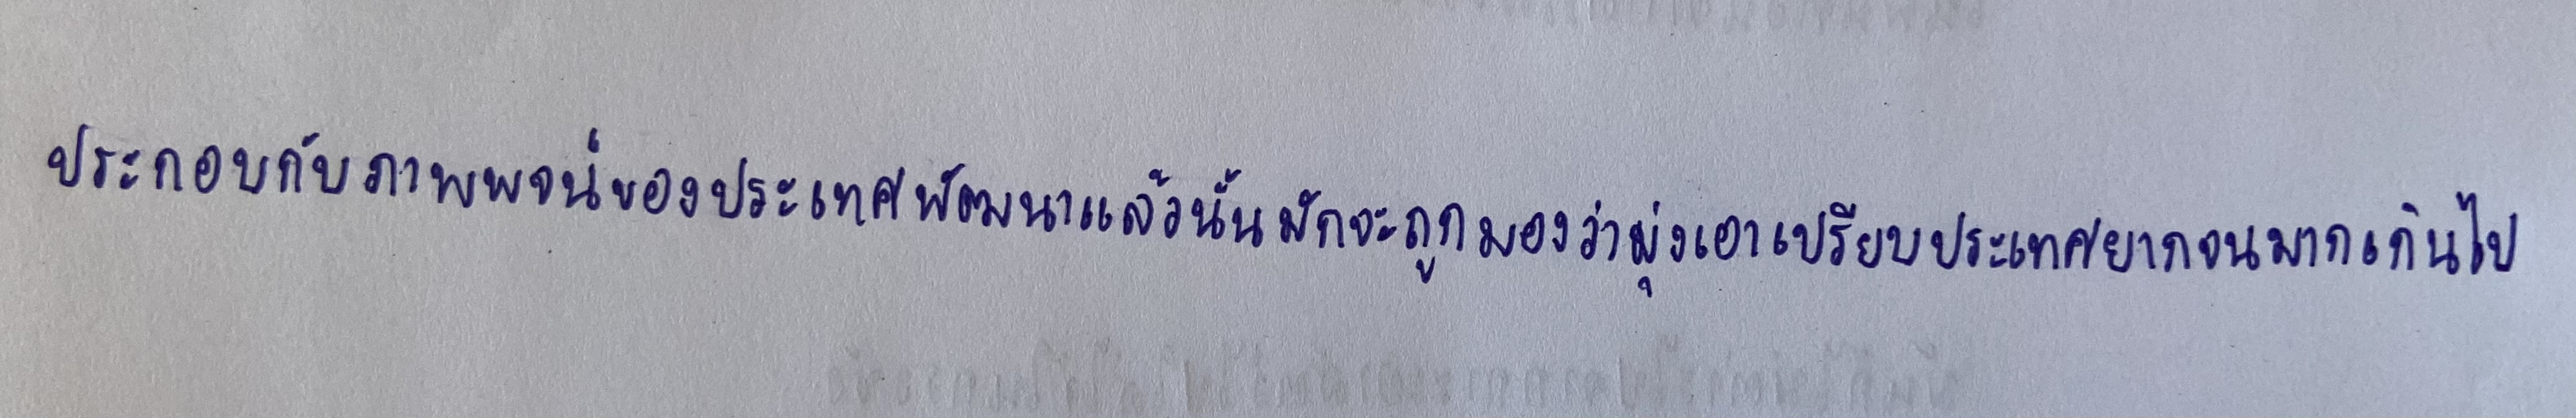
ประกอบกับภาพพจน์ของประเทศพัฒนาแล้วนั้นมักจะถูกมองว่ามุ่งเอาเปรียบประเทศยากจนมากเกินไป